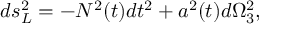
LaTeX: d s _ { L } ^ { 2 } = - N ^ { 2 } ( t ) d t ^ { 2 } + a ^ { 2 } ( t ) d \Omega _ { 3 } ^ { 2 } ,